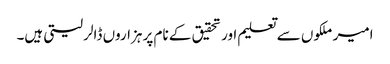
امیر ملکوں سے تعلیم اور تحقیق کے نام پر ہزاروں ڈالر لیتی ہیں۔